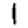
Digit: 1